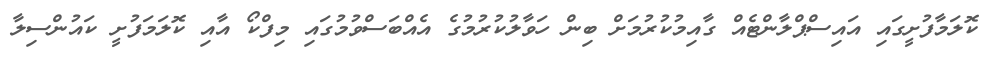
ކޮލަމާފުށީގައި އައިސްޕްލާންޓެއް ގާއިމުކުރުމަށް ބިން ހަވާލުކުރުމުގެ އެއްބަސްވުމުގައި މިފްކޯ އާއި ކޮލަމަފުށީ ކައުންސިލާ